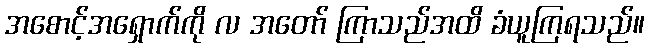
အစောင့်အရှောက်ကို လ အတော် ကြာသည်အထိ ခံယူကြရသည်။